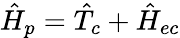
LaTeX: \hat{H}_{p}=\hat{T}_{c}+\hat{H}_{ec}